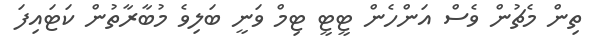
ތިން މެޗުން ވެސް އަންހެން ޓީޓީ ޓިމް ވަނީ ބަލިވެ މުބާރާތުން ކަޓައިފަ